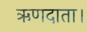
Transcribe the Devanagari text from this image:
ऋणदाता।